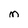
Character: M